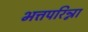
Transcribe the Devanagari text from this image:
भत्तपरिन्ना